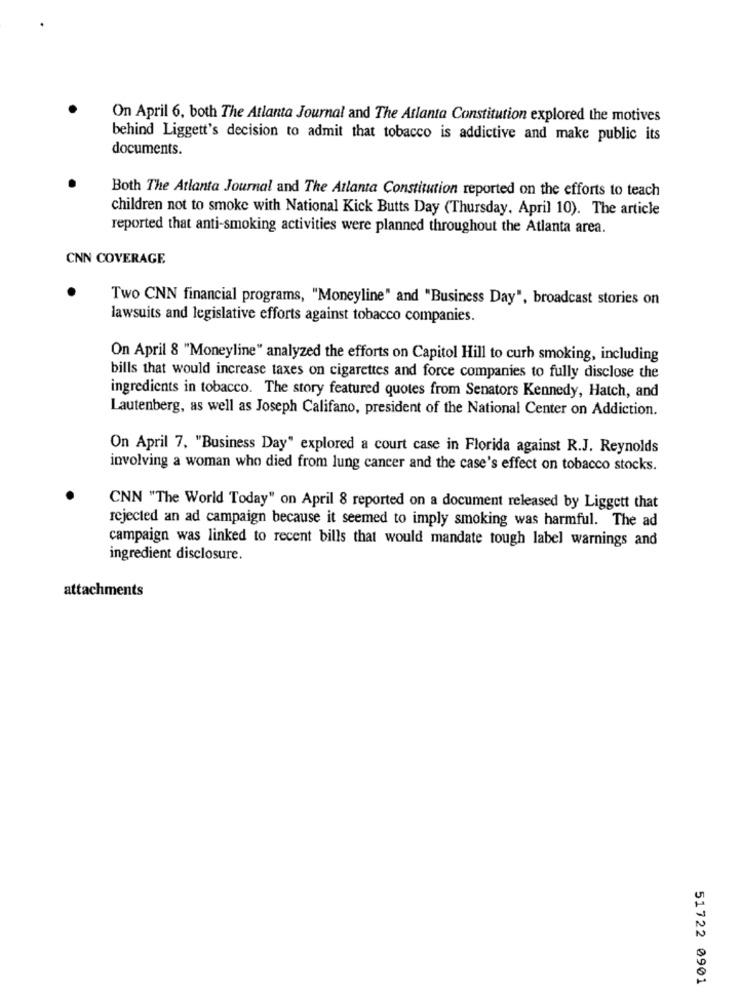
On April 6, both The Atlanta Journal and The Atlanta Constitution explored the motives
behind Liggett's decision to admit that tobacco is addictive and make public its
documents.
Both The Atlanta Journal and The Atlanta Constitution reported on the efforts to teach
children not to smoke with National Kick Butts Day (Thursday, April 10). The article
reported that anti-smoking activities were planned throughout the Atlanta area.
CNN COVERAGE
Two CNN financial programs, "Moneyline" and "Business Day", broadcast stories on
lawsuits and legislative efforts against tobacco companies.
On April 8 "Moneyline" analyzed the efforts on Capitol Hill to curb smoking, including
bills that would increase taxes on cigarettes and force companies to fully disclose the
ingredients in tobacco. The story featured quotes from Senators Kennedy, Hatch, and
Lautenberg, as well as Joseph Califano, president of the National Center on Addiction.
On April 7, "Business Day" explored a court case in Florida against R.J. Reynolds
involving a woman who died from lung cancer and the case's effect on tobacco stocks.
CNN "The World Today" on April 8 reported on a document released by Liggett that
rejected an ad campaign because it seemed to imply smoking was harmful. The ad
campaign was linked to recent bills that would mandate tough label warnings and
ingredient disclosure.
attachments
51722 0901